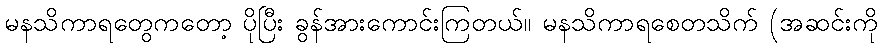
မနသိကာရတွေကတော့ ပိုပြီး ခွန်အားကောင်းကြတယ်။ မနသိကာရစေတသိက် (အဆင်းကို